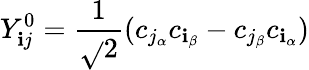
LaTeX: Y_{\mathbf{i}j}^{0}=\frac{{1}}{{\sqrt{}{{2}}}}(c_{{j_{\alpha}}}c_{{\mathbf{i}_{\beta}}}-c_{{j_{\beta}}}c_{{\mathbf{i}_{\alpha}}})